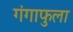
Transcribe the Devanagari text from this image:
गंगाफुला